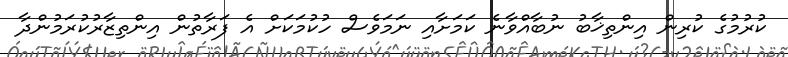
ކުރުމުގެ ކުރިން އިންތިޚާބު ނުބާއްވާނެ ކަމަށާއި ނަމަވެސް ހުކުމަކަށް އެ ފަރާތުން އިންތިޒާރުކުރަމުންދާ